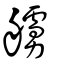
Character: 艣